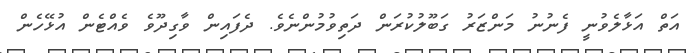
އަތް އަޅާލެވުނީ ފެނުނު މަންޒަރު ގަބޫލުކުރަން ދަތިވުމުންނެވެ. ދެފައިން ވާގިދޫވެ ވެއްޓެން އުޅޭހެން